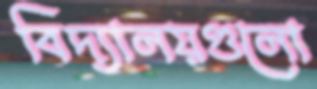
বিদ্যালয়গুলো